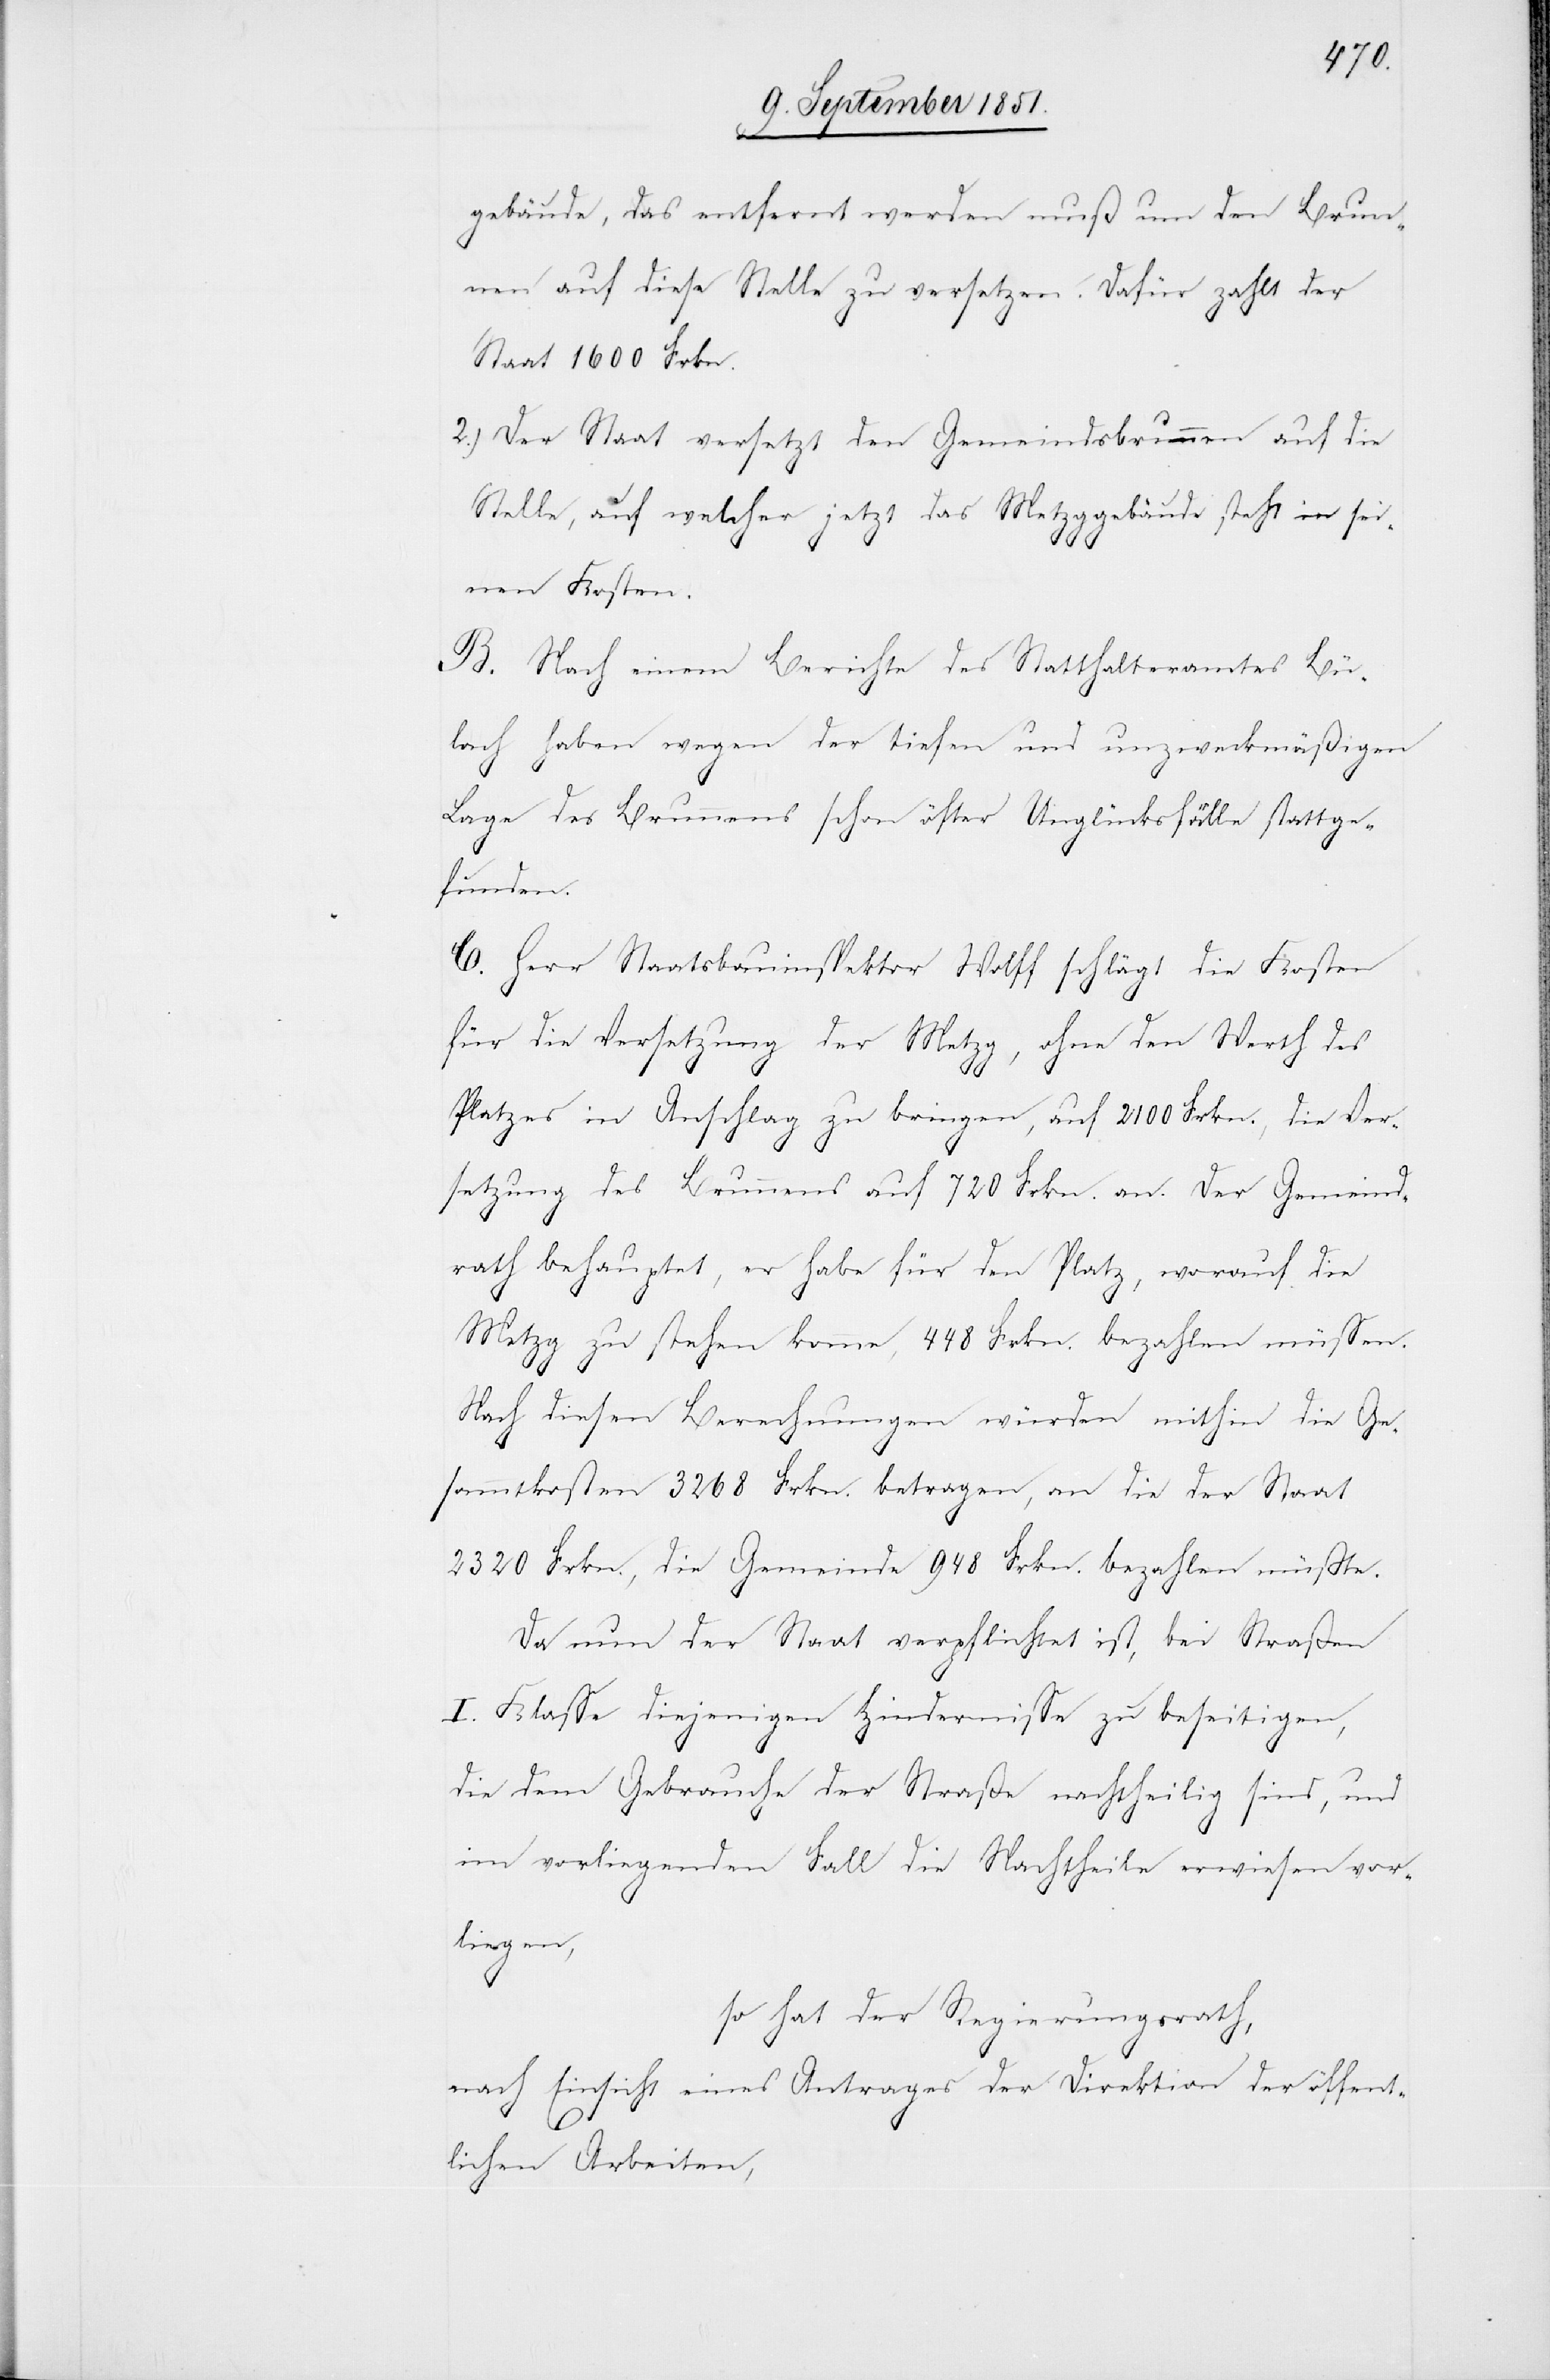
gebäude, das entfernt werden muß um den Brun¬
nen auf diese Stelle zu versetzen. Dafür zahlt der
Staat 1600 Frkn.
Der Staat versetzt den Gemeindsbrunnen auf die
Stelle, auf welcher jetzt das Metzggebäude steht in sei¬
nen Kosten.
B. Nach einem Berichte des Statthalteramtes Bü¬
lach haben wegen der tiefen und unzweckmäßigen
Lage des Brunnens schon öfter Unglücksfälle stattge¬
funden.
C. Herr Staatsbauinspektor Wolff schlägt die Kosten
für die Versetzung der Metzg, ohne den Werth des
Platzes in Anschlag zu bringen, auf 2100 Frkn., die Ver¬
setzung des Brunnens auf 720 Frkn. an. Der Gemeind¬
rath behauptet, er habe für den Platz, worauf die
Metzg zu stehen komme, 448 Frkn. bezahlen müssen.
Nach diesen Berechnungen würden mithin die Ge¬
sammtkosten 3268 Frkn. betragen, an die der Staat
2320 Frkn., die Gemeinde 948 Frkn. bezahlen müßte.
Da nun der Staat verpflichtet ist, bei Straßen
I. Klasse diejenigen Hindernisse zu beseitigen,
die dem Gebrauche der Straße nachtheilig sind, und
im vorliegenden Fall die Nachtheile erwiesen vor¬
liegen,
so hat der Regierungsrath,
nach Einsicht eines Antrages der Direktion der öffent¬
lichen Arbeiten,